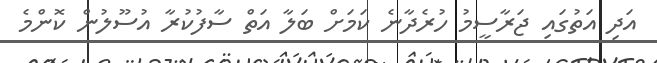
އަދި އަތުގައި ޖަރާސީމު ހުރެދާނެ ކަމަށް ބަލާ އަތް ސާފުކުރާ އުސޫލުން ކޮންމެ